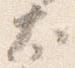
太